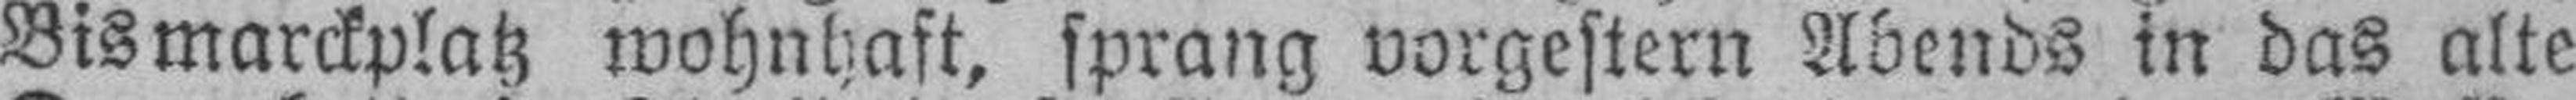
Bismarckplatz wohnhaft, sprang vorgestern Abends in das alte